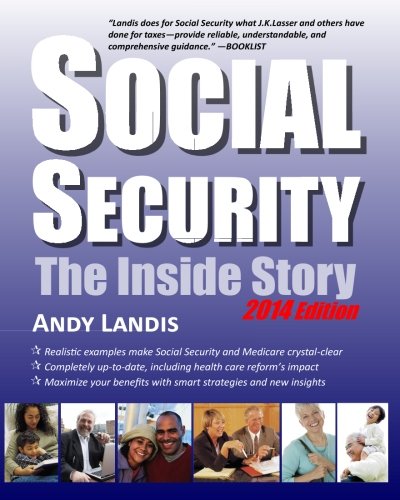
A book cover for Social Security: The Inside Story, 2014 Edition: An Expert Explains Your Rights and Benefits; Andy Landis; Business & Money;